Report of the Indian Hemp Drugs Commission, 1894-1895 - Volume VII
Year: 1894
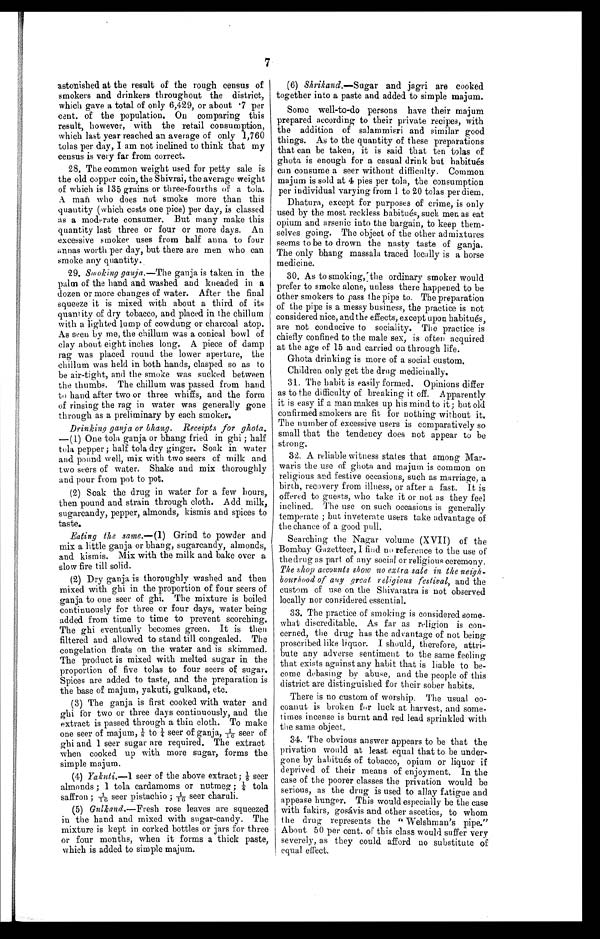
7
astonished at the result of the rough census of
smokers and drinkers throughout the district,
which gave a total of only 6,429, or about .7 per
cent. of the population. On comparing this
result, however, with the retail consumption,
which last year reached an average of only 1,760
toles per day, I am not inclined to think that my
census is very far from correct.
28. The common weight used for petty sale is
the old copper coin, the Shivrai, the average weight
of which is 135 grains or three-fourths of a tola.
A man who does not smoke more than this
quantity (which costs one pice) per day, is classed
as a moderate consumer. But many make this
quantity last three or four or more days. An
excessive smoker uses from half anna to four
annas worth per day, but there are men who can
smoke any quantity.
29. Smoking ganja.— The ganja is taken in the
palm of the hand and washed and kneaded in a
dozen or more changes of water. After the final
squeeze it is mixed with about a third of its
quantity of dry tobacco, and placed in the chillum ,
with a lighted lump of cowdung or charcoal atop.
As seen by me, the chillum was a conical bowl of
clay about eight inches long. A piece of damp
rag was placed round the lower aperture, the
c hillum was held in both hands, clasped so as to
be air-tight, and the smoke was sucked between
the thumbs. The chillum was passed from hand
to hand after two or three whiffs, and the form
of rinsing the rag in water was generally gone
through as a preliminary by each smoker.
Drinking ganja a or bhang. Receipts for ghota.
— (1) One tola ganja or bhang fried in ghi ; half
tola pepper ; half tola dry ginger. Soak in water
and pound well, mix with two seers of milk and
two seers of water. Shake and mix thoroughly
and pour from pot to pot.
(2) Soak the drug in water for a few hours,
then pound and strain through cloth. Add milk,
sugarcandy, pepper, almonds, kismis and spices to
taste.
Eating th e same.— (1) Grind to powder and
mix a little ganja or bhang, sugarcandy, almonds,
and kismis. Mix with the milk and bake over a
slow fire till solid.
(2) Dry ganja is thoroughly washed and then
mixed with ghi in the proportion of four seers of
ganja to one seer of ghi. The mixture is boiled
continuously for three or four days, water being
added from time to time to prevent scorching.
The ghi eventually becomes green. It is then
filtered and allowed to stand till congealed. The
congelation floats on the water and is skimmed.
The product is mixed with melted sugar in the
proportion of five tolas to four seers of sugar.
Spices are added to taste, and the preparation is
the base of majum, yakuti, gulkand, etc.
(3) The ganja is first cooked with water and
ghi for two or three days continuously, and the
extract is passed through a thin cloth. To make
one seer of majum, 1/8t o
1 / 4
s e e r o f g a n j a , 1 / 1 6 s e e r o f
ghi and 1 seer sugar are required. The extract
when cooked up with more sugar, forms the
simple majum.
(4) Yakuti.—1 seer of the above extract;1/8 seer
almonds ; 1 tola cardamoms or nutmeg ; 1/4 t o l a
saffron ; 1/16 seer pistachio ; 1/16 seer charuli.
(5) Gulkand.— Fresh rose leaves are squeezed
in the hand and mixed with sugar-candy. The
mixture is kept in corked bottles or jars for three
or four months, when it forms a thick paste,
which is added to simple majum.
(6) Shrikand .—Sugar and jagri are cooked
together into a paste and added to simple majum.
Some well-to-do persons have their majum
prepared according to their private recipes, with
the addition of salammisri and similar good
things. As to the quantity of these preparations
that can be taken, it is said that ten tolas of
ghota is enough for a casual drink but habitues
can consume a seer without difficulty. Common
majum is sold at 4 pies per tola, the consumption
per individual varying from 1 to 20 tolas per diem.
Dhatura, except for purposes of crime, is only
used by the most reckless habitués, such men as eat
opium and arsenic into the bargain, to keep them-
selves going. The object of the other admixtures
seems to be to drown the nasty taste of ganja.
The only bhang massala traced locally is a horse
medicine.
30. As to smoking, the ordinary smoker would
prefer to smoke alone, unless there happened to be
other smokers to pass the pipe to. The preparation
of the pipe is a messy business, the practice is not
considered nice, and the effects, except upon habitues,
are not conducive to sociality. The practice is
chiefly confined to the male sex, is often acquired
at the age of 15 and carried on through life.
Ghota drinking is more of a social custom.
Children only get the drug medicinally.
31. The habit is easily formed. Opinions differ
as to the difficulty of breaking it off. Apparently
it is easy if a man makes up his mind to it; but old
confirmed smokers are fit for nothing without it.
The number of excessive users is comparatively so
small that the tendency does not appear to be
strong.
32. A reliable witness states that among Mar-
waris the use of ghota and majum is common on
religious and festive occasions, such as marriage, a
birth, recovery from illness, or after a fast. It is
offered to guests, who take it or not as they feel
inclined. The use on such occasions is generally
temperate ; but inveterate users take advantage of
the chance of a good pull.
Searching the Nagar volume (XVII) of the
Bombay Gazetteer, I find no reference to the use of
the drug as part of any social or religious ceremony.
The shop accounts show no extra sale in the neigh-
bourhood of any great religious festival, and the
custom of use on the Shivaratra is not observed
locally nor considered essential.
33. The practice of smoking is considered some-
what discreditable. As far as religion is con-
cerned, the drug has the advantage of not being
proscribed like liquor. I should, therefore, attri-
bute any adverse sentiment to the same feeling
that exists against any habit that is liable to be-
come debasing by abu s e, and the people of this
district are distinguished for their sober habits.
There is no custom of worship. The usual co-
coanut is broken for luck at harvest, and some-
times incense is burnt and red lead sprinkled with
the same object.
34. The obvious answer appears to be that the
privation would at least equal that to be under-
gone by habitués of tobacco, opium or liquor if
deprived of their means of enjoyment. In the
case of the poorer classes the privation would be
serious, as the drug is used to allay fatigue and
appease hunger. This would especially be the case
with fakirs, gosávis and other ascetics, to whom
t he drug represents the " Welshman's pipe."
About 50 per cent. of this class would suffer very
severely, as they could afford no substitute of
equal effect.